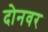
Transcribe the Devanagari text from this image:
दोनवर